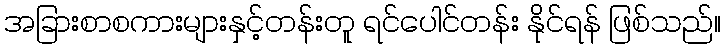
အခြားစာစကားများနှင့်တန်းတူ ရင်ပေါင်တန်း နိုင်ရန် ဖြစ်သည်။